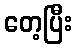
တေ့ပြီး